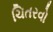
ચિતરવો